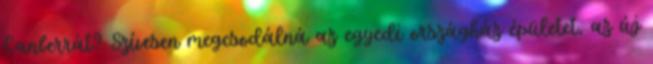
Canberrát? Szívesen megcsodálná az egyedi országház épületet, az új